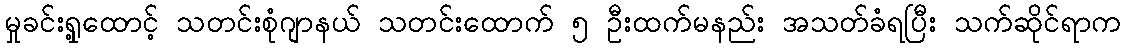
မှုခင်းရှု့ထောင့် သတင်းစုံဂျာနယ် သတင်းထောက် ၅ ဦးထက်မနည်း အသတ်ခံရပြီး သက်ဆိုင်ရာက